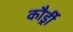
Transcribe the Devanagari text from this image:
कौर्ड्री